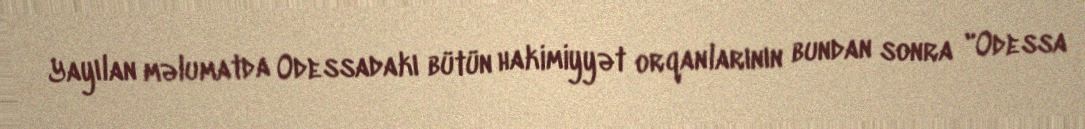
Yayılan məlumatda Odessadakı bütün hakimiyyət orqanlarının bundan sonra "Odessa